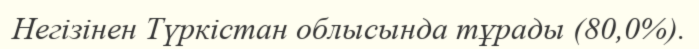
Негізінен Түркістан облысында тұрады (80,0%).